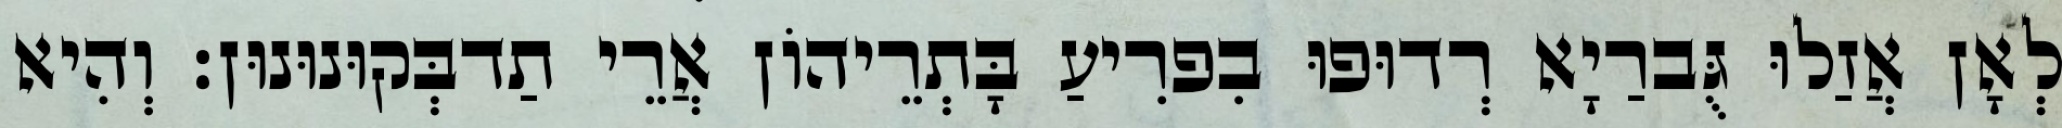
לְאָן אֲזַלוּ גֻּברַיָא רְדוּפוּ בִפרִיעַ בָּתְרֵיהוֹן אֲרֵי תַדבְּקוּנוּנוּן׃ וְהִיא